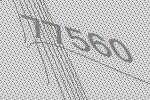
77560